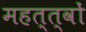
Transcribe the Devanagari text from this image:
महत्त्वों